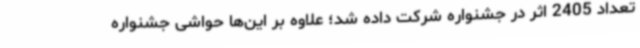
تعداد 2405 اثر در جشنواره شرکت داده شد؛ علاوه بر این‌ها حواشی جشنواره